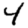
Digit: 4